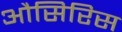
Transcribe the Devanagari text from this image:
औसिरिस